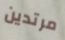
مرتدين